Indian journal of veterinary science and animal husbandry - Volumes 22-23, 1952-1953
Year: 1952
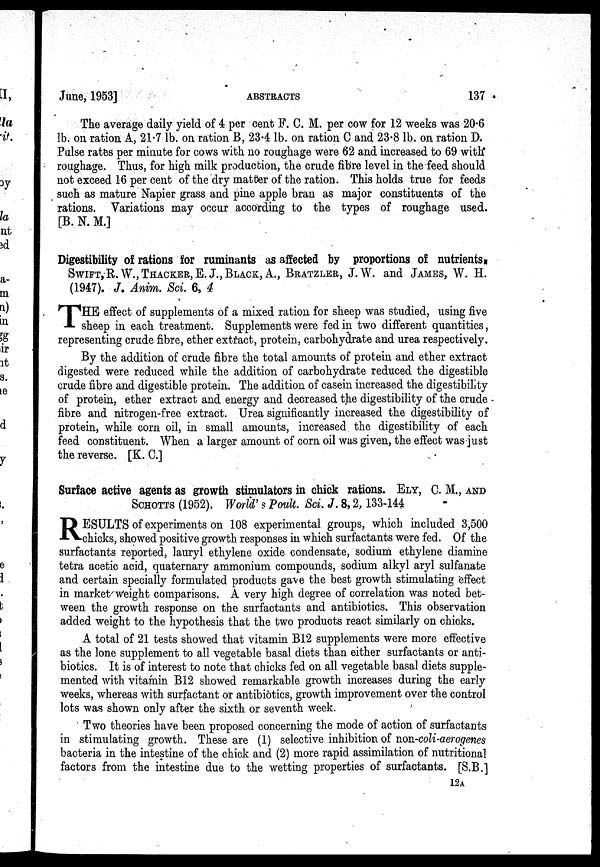
June, 1953]
ABSTRACTS
137
The average daily yield of 4 per cent F. C. M. per cow for 12 weeks was 20.6
lb. on ration A, 21.7 lb. on ration B, 23.4 lb. on ration C and 23.8 lb. on ration D.
Pulse rates per minute for cows with no roughage were 62 and increased to 69 with
roughage. Thus, for high milk production, the crude fibre level in the feed should
not exceed 16 per cent of the dry matter of the ration. This holds true for feeds
such as mature Napier grass and pine apple bran as major constituents of the
rations. Variations may occur according to the types of roughage used.
[B.N.M.]
Digestibility of rations for ruminants as affected by proportions of nutrients
SWIFT, R.W.,THACKER,E. J., BLACK, A., BRATZLER, J.W. and JAMES, W. H.
(1947). J. Anim. Sci. 6, 4
T HE effect of supplements of a mixed ration for sheep was studied, using five
sheep in each treatment. Supplements were fed in two different quantities,
representing crude fibre, ether extract, protein, carbohydrate and urea respectively.
By the addition of crude fibre the total amounts of protein and ether extract
digested were reduced while the addition of carbohydrate reduced the digestible
crude fibre and digestible protein. The addition of casein increased the digestibility
of protein, ether extract and energy and decreased the digestibility of the crude
fibre and nitrogen-free extract. Urea significantly increased the digestibility of
protein, while corn oil, in small amounts, increased the digestibility of each
feed constituent. When a larger amount of corn oil was given, the effect was just
the reverse. [K. C.]
Surface active agents as growth stimulators in chick rations. ELY, C. M., AND SCHOTTS
(1952). World's Poult. Sci. J. 8, 2, 133-144
R ESULTS of experiments on 108 experimental groups, which included 3,500
chicks, showed positive growth responses in which surfactants were fed. Of the
surfactants reported, lauryl ethylene oxide condensate, sodium ethylene diamine
tetra acetic acid, quaternary ammonium compounds, sodium alkyl aryl sulfanate
and certain specially formulated products gave the best growth stimulating effect
in market weight comparisons. A very high degree of correlation was noted bet-
ween the growth response on the surfactants and antibiotics. This observation
added weight to the hypothesis that the two products react similarly on chicks.
A total of 21 tests showed that vitamin B12 supplements were more effective
as the lone supplement to all vegetable basal diets than either surfactants or anti-
biotics. It is of interest to note that chicks fed on all vegetable basal diets supple-
mented with vitamin B12 showed remarkable growth increases during the early
weeks, whereas with surfactant or antibiotics, growth improvement over the control
lots was shown only after the sixth or seventh week.
Two theories have been proposed concerning the mode of action of surfactants
in stimulating growth. These are (1) selective inhibition of non-coli-aerogenes
bacteria in the intestine of the chick and (2) more rapid assimilation of nutritional
factors from the intestine due to the wetting properties of surfactants. [S.B.]
12A